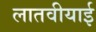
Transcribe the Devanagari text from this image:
लातवीयाई